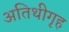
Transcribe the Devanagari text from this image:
अतिथीगृह